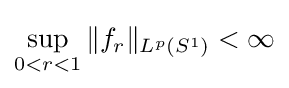
\sup _{0<r<1}\|f_{r}\|_{L^{p}(S^{1})}<\infty